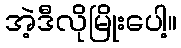
အဲ့ဒီလိုမြိုးပေါ့။